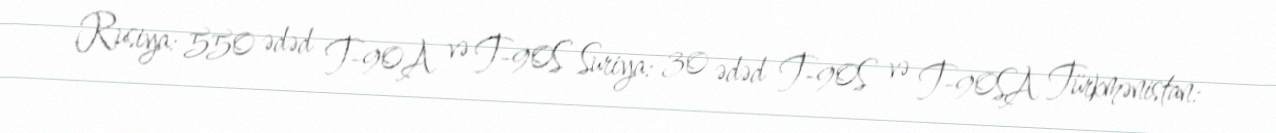
Rusiya: 550 ədəd T-90A və T-90S Suriya: 30 ədəd T-90S və T-90SA Türkmənistan: